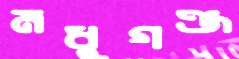
মধুগঞ্জ